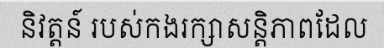
និវត្តន៍ របស់កងរក្សាសន្តិភាពដែល